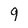
Character: 9